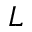
{ \cal L }